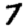
Digit: 7